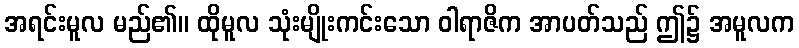
အရင်းမူလ မည်၏။ ထိုမူလ သုံးမျိုးကင်းသော ဝါရာဇိက အာပတ်သည် ဤ၌ အမူလက